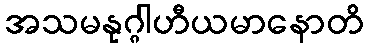
အသမနုဂ္ဂါဟီယမာနောတိ